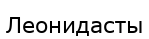
Леонидасты